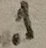
Text: .1